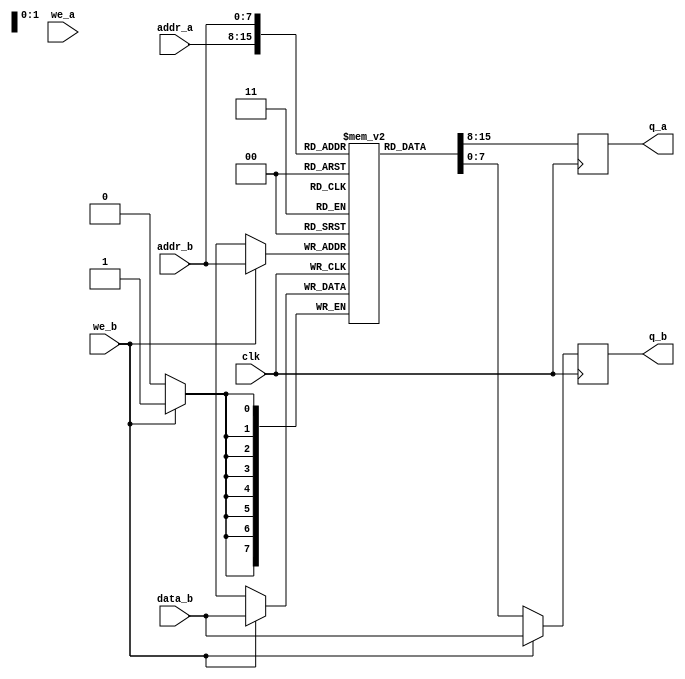
//module ins_ram		// 8 bit addressing 256 bytes - 256 instructions max
//(
//	input [7:0] data,
//	input [7:0] addr,
//	input we, clk,
//	output [7:0] q
//);
//
//	// Declare the RAM variable
//	reg [7:0] ram[255:0];//'{default:'0};
//
//	// Variable to hold the registered read address
//	reg [7:0] addr_reg;
//	
//	// Specify the initial contents.  You can also use the $readmemb
//	// system task to initialize the RAM variable from a text file.
//	// See the $readmemb template page for details.
//	initial 
//	begin : INIT
//		integer i;
//		for(i = 0; i < 256; i = i + 1)
//			ram[i] = {8{1'b1}};
//	end 
//
//	always @ (posedge clk)				// CHANGE TO NEGEDGE FROM POS EDGE IF NOT ENOUGH TIME
//	begin
//		// Write
//		if (we)
//			ram[addr] <= data;
//
//		addr_reg <= addr;
//	end
//
//	// Continuous assignment implies read returns NEW data.
//	// This is the natural behavior of the TriMatrix memory
//	// blocks in Single Port mode.  
//	assign q = ram[addr_reg];
//
//endmodule

module ins_ram//_single_clock
//#(parameter DATA_WIDTH=8, parameter ADDR_WIDTH=8)
(
	input [7:0] /*data_a,*/ data_b,
	input [7:0] addr_a, addr_b,
	input we_a, we_b, clk,
	output reg [7:0] q_a, q_b
);

	// Declare the RAM variable
	reg [7:0] ram[255:0];

	// Port A 
	always @ (posedge clk)
	begin
		if (we_a) 
		begin
			//ram[addr_a] <= data_a;
			//q_a <= data_a;
			q_a <= ram[addr_a];
		end
		else 
		begin
			q_a <= ram[addr_a];
		end 
	end 

	// Port B 
	always @ (posedge clk)
	begin
		if (we_b) 
		begin
			ram[addr_b] <= data_b;
			q_b <= data_b;
		end
		else 
		begin
			q_b <= ram[addr_b];
		end 
	end

endmodule

`timescale 1ns/10ps

module ins_ram_tb();
//	reg [7:0] data_a, data_b;
//	reg [18:0] addr_a, addr_b;
//	reg we_a, we_b;
//	reg clk = 0;
//	wire [7:0] q_a, q_b;
//	wire d_ready = 1'b0;
//	wire [2:0] test;//
//	wire [7:0] delay_temp = 8'b0;//
//	wire [18:0] prev_addr_a = 19'b0;//
	
	reg [7:0] /*data_a,*/ data_b;
	reg [7:0] addr_a;
	reg [7:0] addr_b;
	reg we_a;
	reg we_b; 
	reg clk = 0;
	wire[7:0] q_a;
   wire [7:0] q_b;
	
	ins_ram ins_ram_tb1(
	//.data_a(data_a),
	.addr_a(addr_a),
	.addr_b(addr_b),
	.data_b(data_b),
	.we_a(we_a),
	.we_b(we_b),
	.clk(clk),
	.q_a(q_a),
	.q_b(q_b)
	//.d_ready(d_ready),
	//.test(test),
	//.delay_temp(delay_temp),
	//.prev_addr_a(prev_addr_a)
	);
	
	always begin
   #10 clk <= ~clk;
	end
	
	initial begin
	//data_a <= 8'b1010_0000;
	#10
	we_a <= 0;
	we_b <= 0;
	data_b <= 8'b1111_1111;
	addr_a <= 19'b000_0000_0000_0011_0000;
	addr_b <= 19'b000_0000_0000_0011_0000;
	#20
	we_b <= 1;
	#20
	we_b <= 0;
	#60
	data_b <= 8'b1110_0000;
	addr_b <= 19'b000_0000_0000_0000_0100;
	#20
	we_b <= 1;
	#20
	we_b <= 0;
	#60
	data_b <= 8'b1010_0000;
	addr_b <= 19'b000_0000_0000_0001_000;
	#20
	we_b <= 1;
	we_a <= 0;
	#20
	we_b <= 0;
	#60
	addr_a <= 19'b000_0000_0000_0000_0100;
	//addr_b <= 19'b000_0000_0000_0011_0000;
	#40
	we_a <= 1;
	#40
	we_a <= 0;
	#20
	$finish;
	end
endmodule